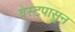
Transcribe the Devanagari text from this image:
वेस्टपासुन